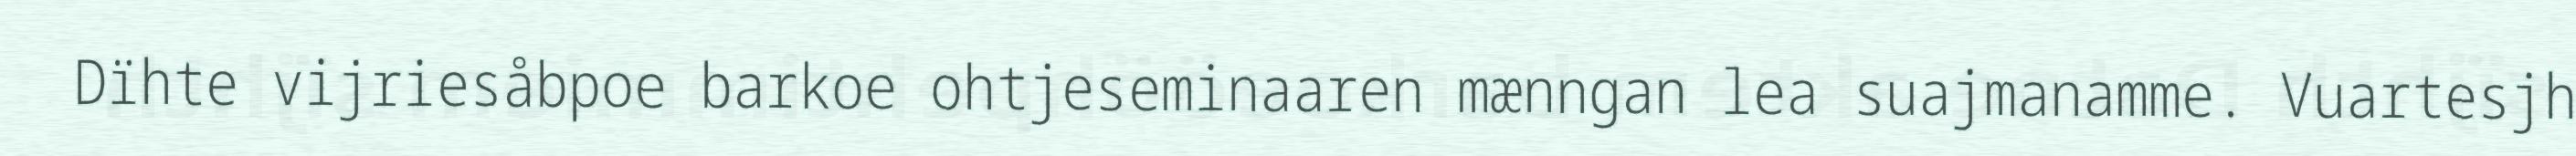
Dïhte vijriesåbpoe barkoe ohtjeseminaaren mænngan lea suajmanamme. Vuartesjh